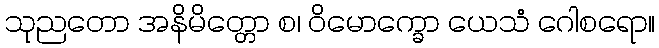
သုညတော အနိမိတ္တော စ၊ ဝိမောက္ခော ယေသံ ဂေါစရော။